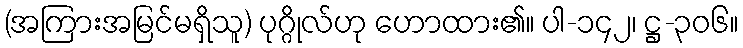
(အကြားအမြင်မရှိသူ) ပုဂ္ဂိုလ်ဟု ဟောထား၏။ ပါ-၁၄၂၊ ဋ္ဌ-၃၀၆။